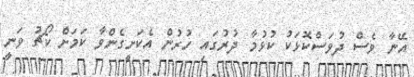
އޭނާ ވެސް ދުވަސްކޮޅަކު ކުޅުމާ ދުރުގައި ހުރުން އެކަށީގެންވާ ކަމަށް ކޯޗު ވަނީ